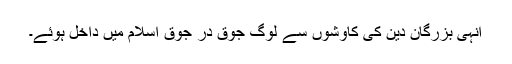
انہی بزرگان دین کی کاوشوں سے لوگ جوق در جوق اسلام میں داخل ہوئے۔